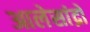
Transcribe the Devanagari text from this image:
आलेसांद्रो